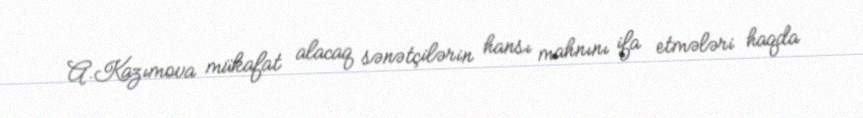
A.Kazımova mükafat alacaq sənətçilərin hansı mahnını ifa etmələri haqda